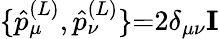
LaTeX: \{ \hat{p}_{\mu}^{(L)},\hat{p}_{\nu}^{(L)}\} {=}2\delta_{\mu\nu}\mathbf{I}